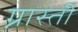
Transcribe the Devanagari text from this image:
ग्नास्ती